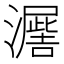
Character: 𭳙